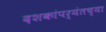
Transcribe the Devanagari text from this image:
दशकांपर्यंतच्या